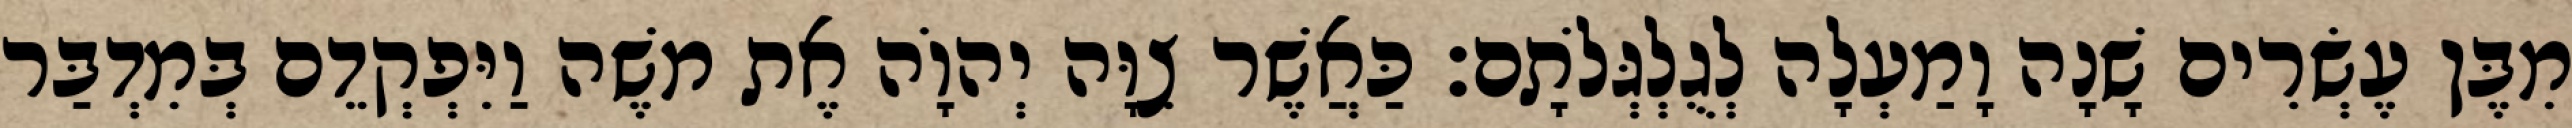
מִבֶּן עֶשְׂרִים שָׁנָה וָמַעְלָה לְגֻלְגְּלֹתָם׃ כַּאֲשֶׁר צִוָּה יְהוָֹה אֶת משֶׁה וַיִּפְקְדֵם בְּמִדְבַּר